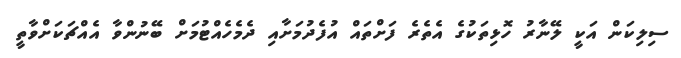
ސިލިކަން އަކީ ލޭނާރު ހޮޅިތަކުގެ އެތެރެ ފަށްތައް އުފެދުމަށާއި ދެމެހެއްޓުމަށް ބޭނުންވާ އެއްޗަކަށްވާތީ